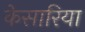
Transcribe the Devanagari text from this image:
केसारिया